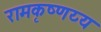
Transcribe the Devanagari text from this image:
रामकृष्णय्य